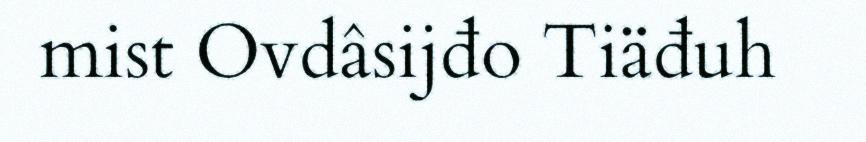
mist Ovdâsijđo Tiäđuh